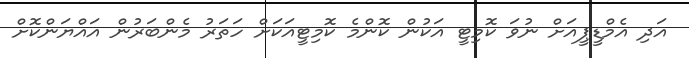
އަދި އެމްޑީޕީއަށް ނުވަ ކޮމިޓީ އަކުން ކޮންމެ ކޮމިޓީއަކަށް ހަތަރު މެންބަރުން އައްޔަންކޮށް